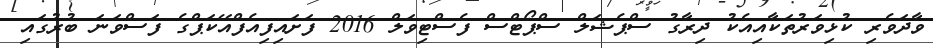
ވާދަވެރި ކުޅިވަރުތަކާއިއެކު ދިރާގު ސްޕެޝަލް ސްޕޯޓްސް ފެސްޓިވަލް 2016 ފަށައިފިއެފްއޭކަޕްގެ ފަސްވަނަ ބުރުގައި